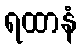
ရထာနံ